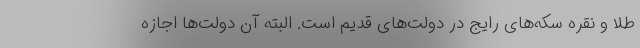
طلا و نقره سکه‌های رایج در دولت‌های قدیم است. البته آن دولت‌ها اجازه